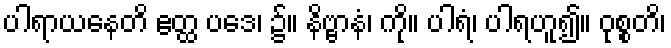
ပါရာယနေတိ ဧတ္ထ ပဒေ၊ ၌။ နိဗ္ဗာနံ၊ ကို။ ပါရံ၊ ပါရဟူ၍။ ဝုစ္စတိ၊